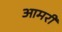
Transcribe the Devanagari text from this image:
आमरी